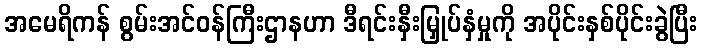
အမေရိကန် စွမ်းအင်ဝန်ကြီးဌာနဟာ ဒီရင်းနှီးမြှုပ်နှံမှုကို အပိုင်းနှစ်ပိုင်းခွဲပြီး